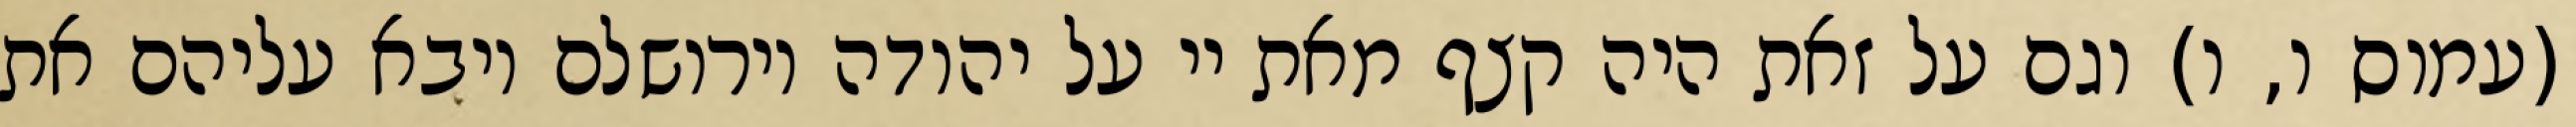
(עמוס ו, ו) וגם על זאת היה קצף מאת יי על יהודה וירושלם ויבא עליהם את